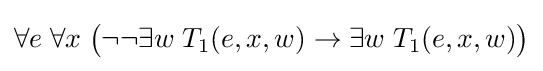
\forall e\;\forall x\;{\big (}\neg \neg \exists w\;T_{1}(e,x,w)\rightarrow \exists w\;T_{1}(e,x,w){\big )}